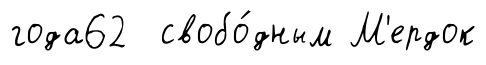
года62 свобо́дным М'ердок